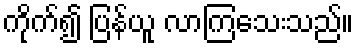
ကိုက်၍ ပြန်ယူ လာကြသေးသည်။